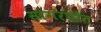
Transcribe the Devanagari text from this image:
सागरपोत